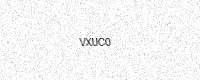
Text: VXUC0